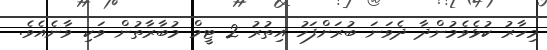
މިހާރު ކުޅެވެމުންދާ ދެވަނަ ބުރަށްފަހު އިތުރު 2 ޓީމް މުބާރާތުން ވަކި ވާނެއެވެ.